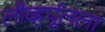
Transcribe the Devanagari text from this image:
लीव्हर्पूलला